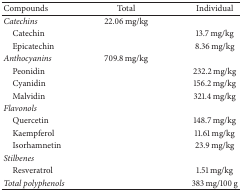
<table><thead><tr><td><b>Compounds</b></td><td><b>Total</b></td><td><b>Individual</b></td></tr></thead><tbody><tr><td><i>Catechins</i></td><td>22.06 mg/kg</td><td> </td></tr><tr><td> Catechin</td><td> </td><td>13.7 mg/kg</td></tr><tr><td> Epicatechin</td><td> </td><td>8.36 mg/kg</td></tr><tr><td><i>Anthocyanins</i></td><td>709.8 mg/kg</td><td> </td></tr><tr><td> Peonidin</td><td> </td><td>232.2 mg/kg</td></tr><tr><td> Cyanidin</td><td> </td><td>156.2 mg/kg</td></tr><tr><td> Malvidin</td><td> </td><td>321.4 mg/kg</td></tr><tr><td><i>Flavonols</i></td><td> </td><td> </td></tr><tr><td> Quercetin</td><td> </td><td>148.7 mg/kg</td></tr><tr><td> Kaempferol</td><td> </td><td>11.61 mg/kg</td></tr><tr><td> Isorhamnetin</td><td> </td><td>23.9 mg/kg</td></tr><tr><td><i>Stilbenes</i></td><td> </td><td> </td></tr><tr><td> Resveratrol</td><td> </td><td>1.51 mg/kg</td></tr><tr><td><i>Total polyphenols</i></td><td> </td><td>383 mg/100 g</td></tr></tbody></table>